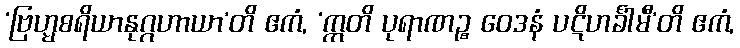
‘ဗြဟ္မစရိယာနုဂ္ဂဟာယာ’တိ ဧကံ, ‘ဣတိ ပုရာဏဉ္စ ဝေဒနံ ပဋိဟင်္ခါမီ’တိ ဧကံ,